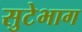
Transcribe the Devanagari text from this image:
सुटेभाग